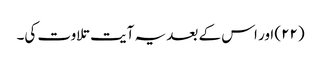
(۲۲) اور اس کے بعد یہ آیت تلاوت کی۔